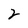
Character: 2